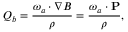
Q _ { b } = \frac { { \boldsymbol { \omega } } _ { a } \cdot \nabla B } { \rho } = \frac { \boldsymbol { \omega } _ { a } \cdot { \bf P } } { \rho } ,